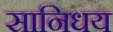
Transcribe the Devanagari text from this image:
सानिधय